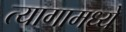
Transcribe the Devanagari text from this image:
त्यागामध्ये